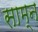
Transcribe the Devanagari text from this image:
साम्न